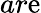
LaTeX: ar\mathrm{e}